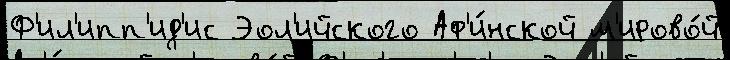
Ф'ил'ипп'ид'ис Эол'ийского Аф'и́нской м'ирово́й